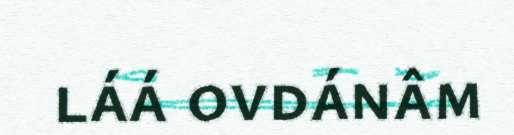
láá ovdánâm